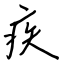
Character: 疾